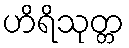
ဟိရိသုတ္တ